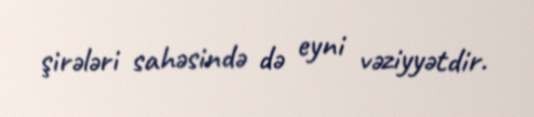
şirələri sahəsində də eyni vəziyyətdir.